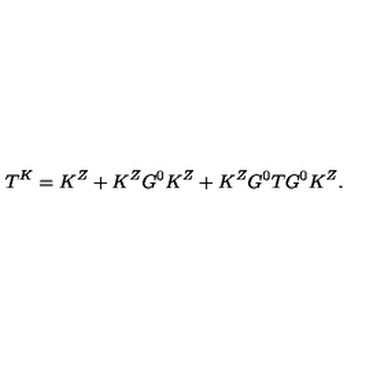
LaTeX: T ^ { K } = K ^ { Z } + K ^ { Z } G ^ { 0 } K ^ { Z } + K ^ { Z } G ^ { 0 } T G ^ { 0 } K ^ { Z } .